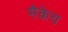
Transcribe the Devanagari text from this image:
मैकेय